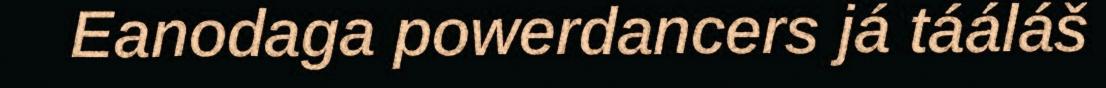
Eanodaga powerdancers já tááláš